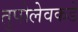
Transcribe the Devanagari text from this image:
तुपोलेवकडे